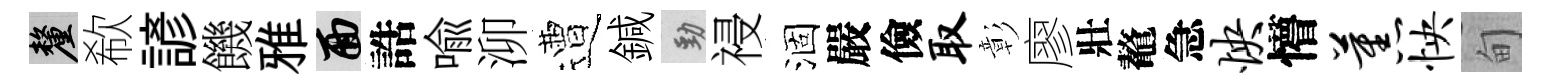
厘欷諺饑雅面誥喻泖遭鍼勁祲涸嚴儉取彰廖壯鼇急怏懵蕉怏甸